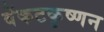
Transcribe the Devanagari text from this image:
वेंकटकृष्णन